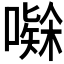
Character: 𭋅